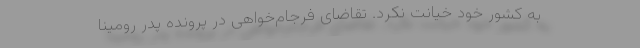
به کشور خود خیانت نکرد. تقاضای فرجام‌خواهی‌ در پرونده پدر رومینا